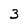
Character: 3